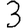
Digit: 3